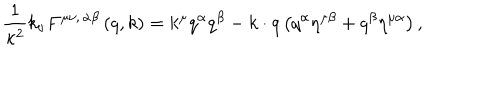
{ \frac { 1 } { \kappa ^ { 2 } } } k _ { \nu } F ^ { \mu \nu , \, \alpha \beta } \left( q , k \right) = k ^ { \mu } q ^ { \alpha } q ^ { \beta } - k \cdot q \left( q ^ { \alpha } \eta ^ { \mu \beta } + q ^ { \beta } \eta ^ { \mu \alpha } \right) ,